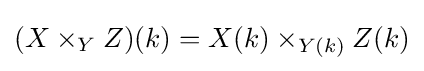
(X\times _{Y}Z)(k)=X(k)\times _{Y(k)}Z(k)